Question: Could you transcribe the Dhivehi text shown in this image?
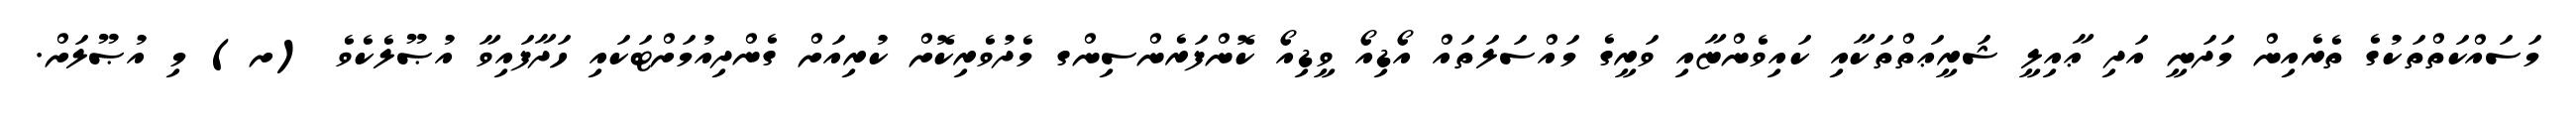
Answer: މަސައްކަތްތަކުގެ ތެރެއިން މަދަނީ އަދި ޢާއިލީ ޝަރީޢަތްތަކާއި ކައިވެންޏާއި ވަރީގެ މައްސަލަތައް އޯޑިއޯ ވީޑިއޯ ކޮންފަރެންސިންގ މެދުވެރިކޮށް ކުރިއަށް ގެންދިއުމަށްޓަކައި ހަދާފައިވާ އުޞޫލެކެވެ (ށ) މި އުޞޫލަށް.